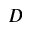
D